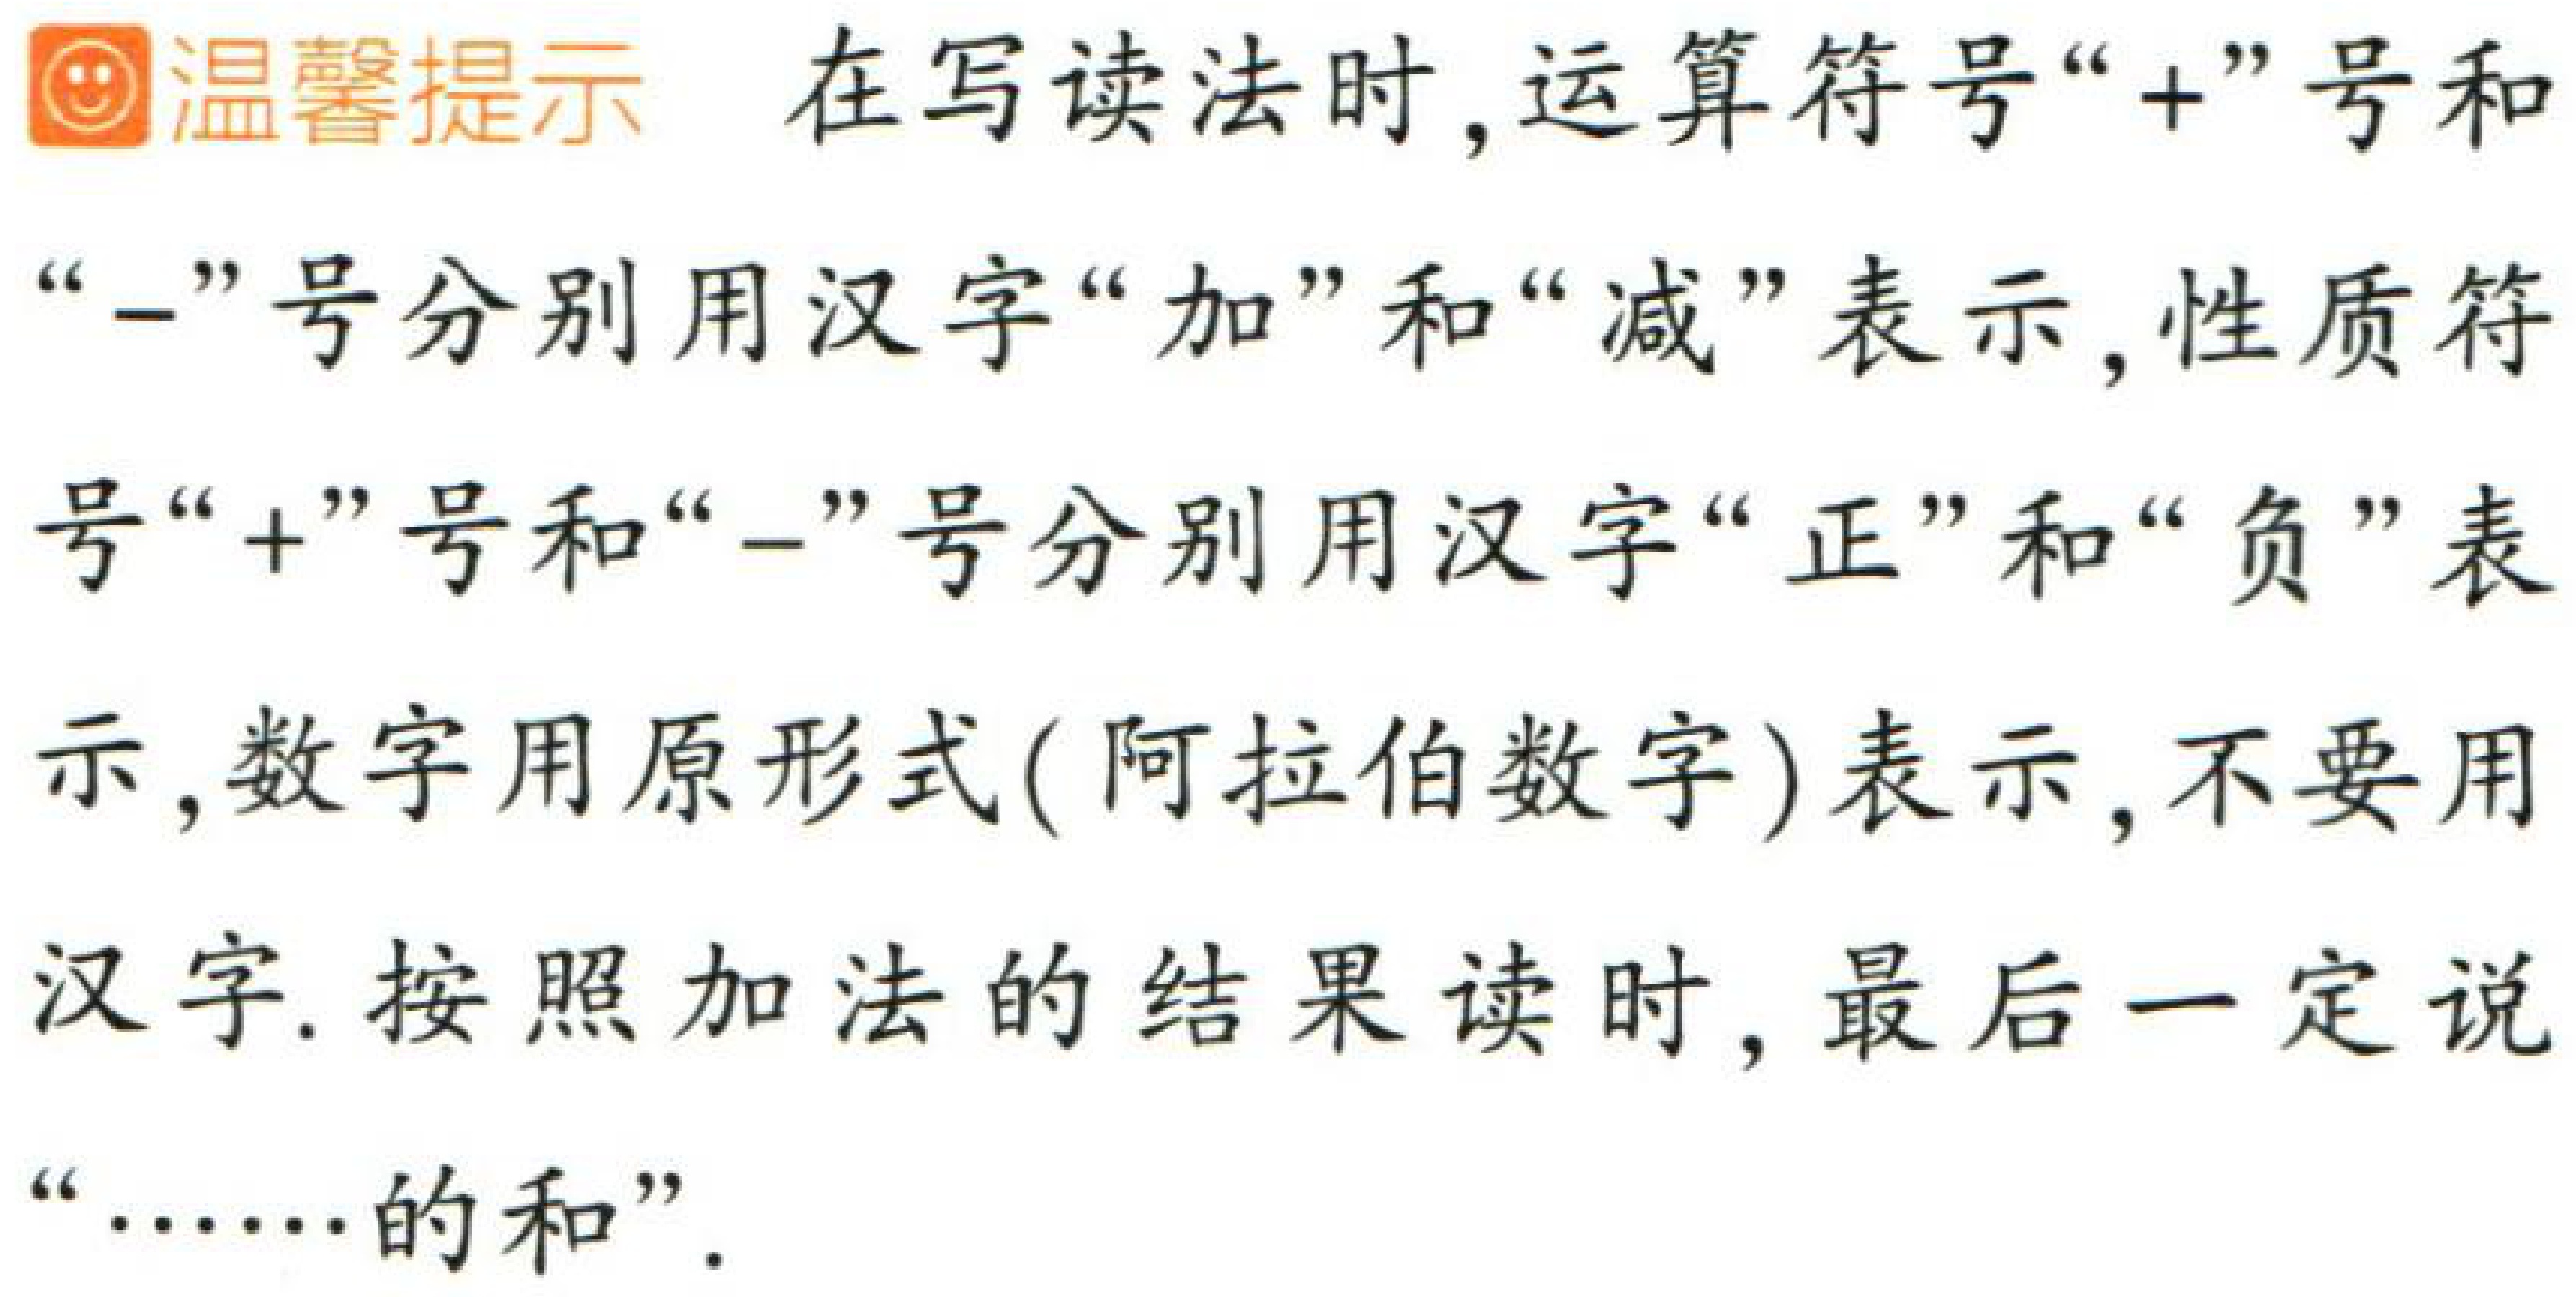
温馨提示 在写读法时,运算符号“+”号和“-”号分别用汉字“加”和“减”表示,性质符号“+”号和“-”号分别用汉字“正”和“负”表示,数字用原形式(阿拉伯数字)表示,不要用汉字. 按照加法的结果读时,最后一定说“……的和”.